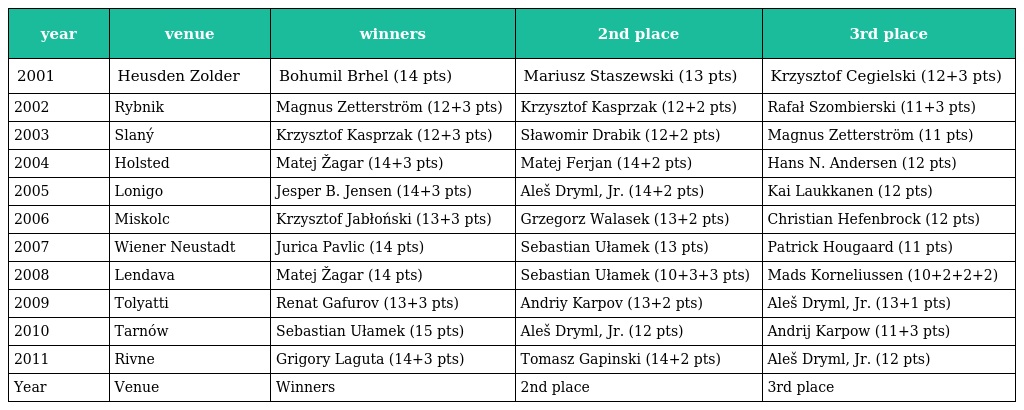
| year | venue | winners | 2nd place | 3rd place |
 | --- | --- | --- | --- | --- |
 | 2001 | Heusden Zolder | Bohumil Brhel (14 pts) | Mariusz Staszewski (13 pts) | Krzysztof Cegielski (12+3 pts) |
 | 2002 | Rybnik | Magnus Zetterström (12+3 pts) | Krzysztof Kasprzak (12+2 pts) | Rafał Szombierski (11+3 pts) |
 | 2003 | Slaný | Krzysztof Kasprzak (12+3 pts) | Sławomir Drabik (12+2 pts) | Magnus Zetterström (11 pts) |
 | 2004 | Holsted | Matej Žagar (14+3 pts) | Matej Ferjan (14+2 pts) | Hans N. Andersen (12 pts) |
 | 2005 | Lonigo | Jesper B. Jensen (14+3 pts) | Aleš Dryml, Jr. (14+2 pts) | Kai Laukkanen (12 pts) |
 | 2006 | Miskolc | Krzysztof Jabłoński (13+3 pts) | Grzegorz Walasek (13+2 pts) | Christian Hefenbrock (12 pts) |
 | 2007 | Wiener Neustadt | Jurica Pavlic (14 pts) | Sebastian Ułamek (13 pts) | Patrick Hougaard (11 pts) |
 | 2008 | Lendava | Matej Žagar (14 pts) | Sebastian Ułamek (10+3+3 pts) | Mads Korneliussen (10+2+2+2) |
 | 2009 | Tolyatti | Renat Gafurov (13+3 pts) | Andriy Karpov (13+2 pts) | Aleš Dryml, Jr. (13+1 pts) |
 | 2010 | Tarnów | Sebastian Ułamek (15 pts) | Aleš Dryml, Jr. (12 pts) | Andrij Karpow (11+3 pts) |
 | 2011 | Rivne | Grigory Laguta (14+3 pts) | Tomasz Gapinski (14+2 pts) | Aleš Dryml, Jr. (12 pts) |
 | Year | Venue | Winners | 2nd place | 3rd place |